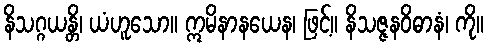
နိသဂ္ဂယန္တိ၊ ယံဟူသော။ ဣမိနာနယေန၊ ဖြင့်။ နိသဇ္ဇနဝိဓာနံ၊ ကို။